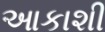
આકાશી